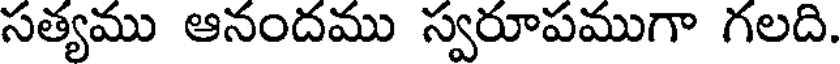
సత్యము ఆనందము స్వరూపముగా గలది.